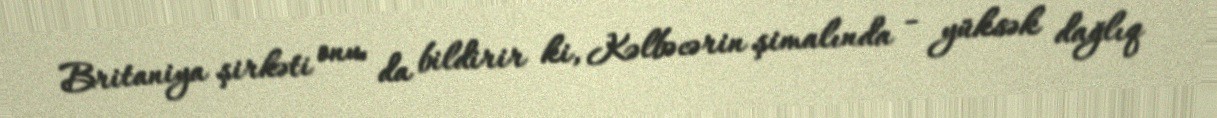
Britaniya şirkəti onu da bildirir ki, Kəlbəcərin şimalında - yüksək dağlıq